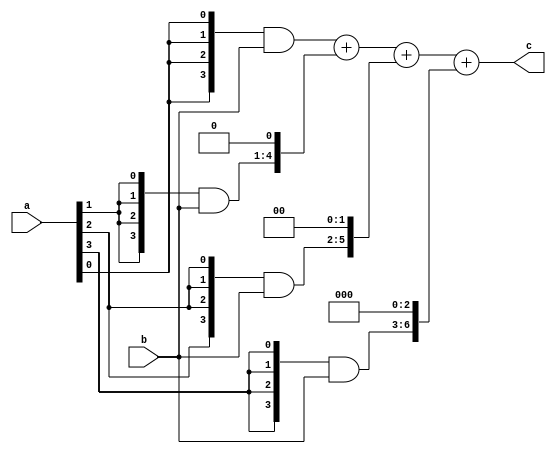
module fbm(a,b,c);
input [3:0]a,b;
output [7:0]c;
wire [3:0]w1;
wire [4:0]w2;
wire [5:0]w3;
wire [6:0]w4;
wire [7:0]x,y;
assign w1={4{a[0]}}&b[3:0];
assign w2={4{a[1]}}&b[3:0];
assign w3={4{a[2]}}&b[3:0];
assign w4={4{a[3]}}&b[3:0];
assign x=w1+(w2<<1);
assign y=x+(w3<<2);
assign c=y+(w4<<3);
endmodule